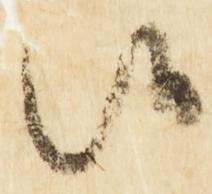
候